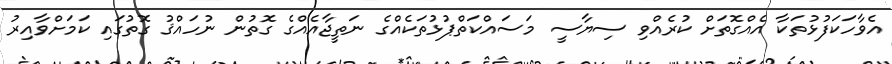
އެވާހަކަފުޅުތަކާ އެއްގޮތަށް ކުރެއްވި ސިޔާސީ މަސައްކަތްޕުޅުތަކެއްގެ ނަތީޖާއެއްގެ ގޮތުން ނުހައްޤު ގޮތުގައި ކަމަށްވާއިރު